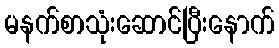
မနက်စာသုံးဆောင်ပြီးနောက်